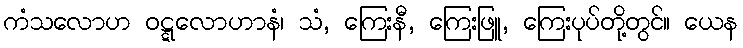
ကံသလောဟ ဝဋ္ဋလောဟာနံ၊ သံ, ကြေးနီ, ကြေးဖြူ, ကြေးပုပ်တို့တွင်။ ယေန